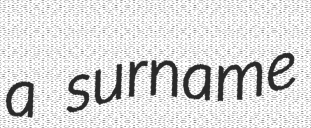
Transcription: a surname